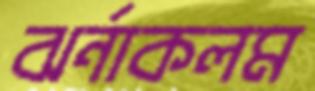
ঝর্নাকলম